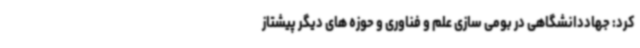
کرد: جهاددانشگاهی در بومی سازی علم و فناوری و حوزه های دیگر پیشتاز